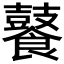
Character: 𮩑